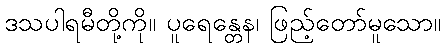
ဒသပါရမီတို့ကို။ ပူရေန္တေန၊ ဖြည့်တော်မူသော။